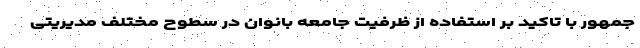
جمهور با تاکید بر استفاده از ظرفیت جامعه بانوان در سطوح مختلف مدیریتی